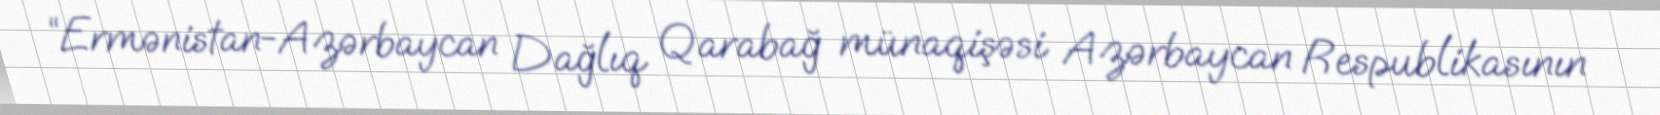
“Ermənistan-Azərbaycan Dağlıq Qarabağ münaqişəsi Azərbaycan Respublikasının